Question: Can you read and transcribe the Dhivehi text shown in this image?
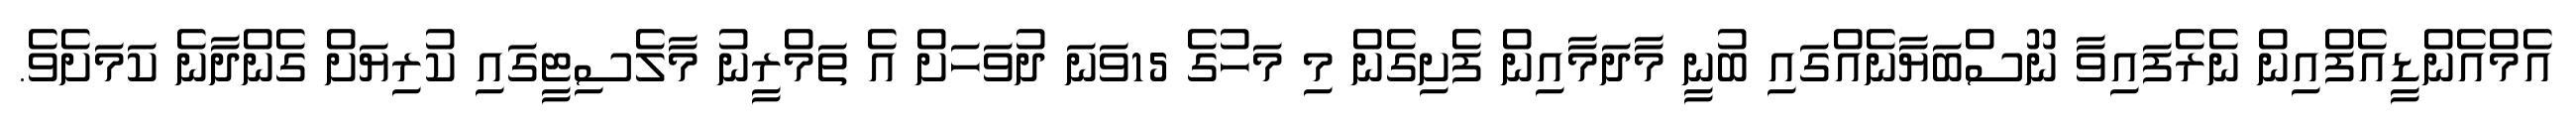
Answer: އެމްއެންޑީއެފްއިން ނެރެފައިވާ ނޫސްބަޔާނެއްގައި ބުނީ މާދަމާއިން ފެށިގެން މި މަހުގެ 15ވަނަ ދުވަހަށް އެ ތަމްރީނު މާލެސިޓީގައި ކުރިޔަށް ގެންދާނެ ކަމަށެވެ.